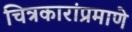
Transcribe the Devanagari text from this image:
चित्रकारांप्रमाणे